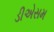
ડીએસમ